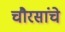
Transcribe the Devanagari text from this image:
चौरसांचे